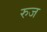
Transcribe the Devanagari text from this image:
रुज